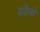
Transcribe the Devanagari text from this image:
मोत्ये